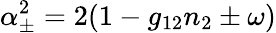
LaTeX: \alpha_{\pm}^{2}=2(1-g_{12}n_{2}\pm\omega)